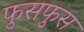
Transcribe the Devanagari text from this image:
फुसफुस